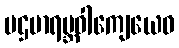
ပဌမာရမ္ဘဝါကျေယေဝ